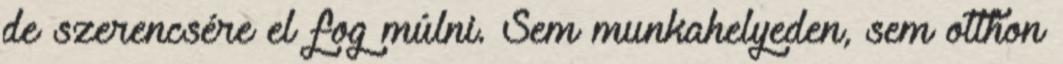
de szerencsére el fog múlni. Sem munkahelyeden, sem otthon